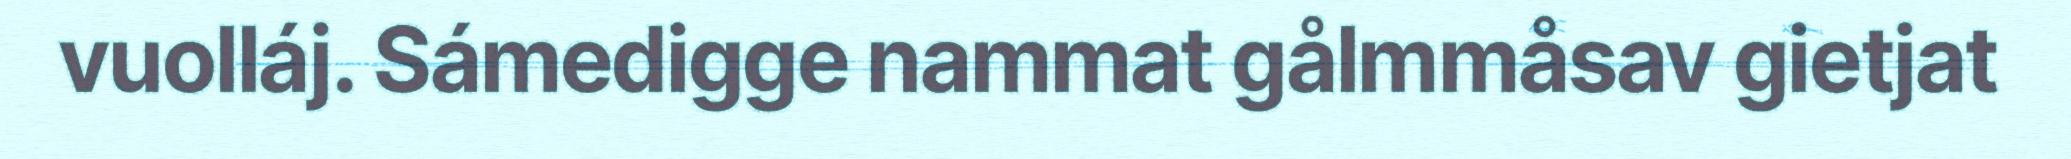
vuolláj. Sámedigge nammat gålmmåsav gietjat